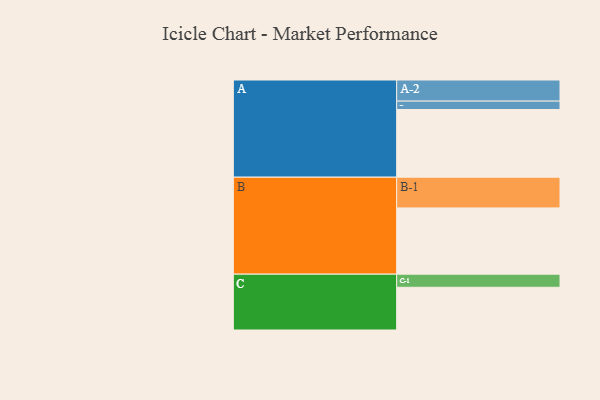
{"axis": {"x": "Segment", "y": "Value"}, "legend": ["", "A", "B", "C"], "data": [{"x": "A", "y": 558, "type": ""}, {"x": "B", "y": 546, "type": ""}, {"x": "C", "y": 352, "type": ""}, {"x": "A-1", "y": 69, "type": "A"}, {"x": "A-2", "y": 174, "type": "A"}, {"x": "B-1", "y": 253, "type": "B"}, {"x": "C-1", "y": 108, "type": "C"}]}